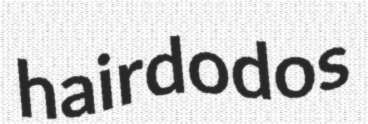
hairdodos